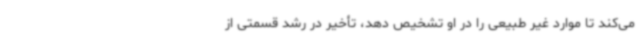
می‌کند تا موارد غیر طبیعی را در او تشخیص دهد، تأخیر در رشد قسمتی از